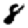
Digit: 8